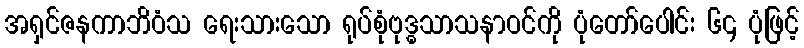
အရှင်ဇနကာဘိဝံသ ရေးသားသော ရုပ်စုံဗုဒ္ဓသာသနာဝင်ကို ပုံတော်ပေါင်း ၆၄ ပုံဖြင့်